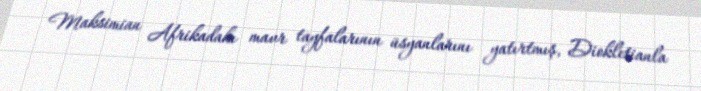
Maksimian Afrikadakı mavr tayfalarının üsyanlarını yatırtmış, Diokletianla